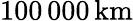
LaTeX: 100\, 000\, \mathrm{km}